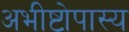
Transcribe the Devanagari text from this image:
अभीष्टोपास्य